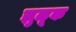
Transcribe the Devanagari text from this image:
झुळूक